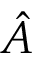
\hat { A }